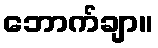
ဘောက်ချာ။